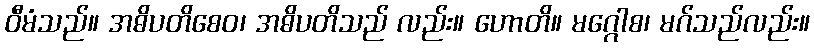
ဝီမံသည်။ အဓိပတိစေဝ၊ အဓိပတိသည် လည်း။ ဟောတိ။ မဂ္ဂေါစ၊ မဂ်သည်လည်း။